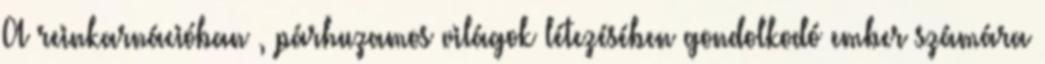
A reinkarnációban , párhuzamos világok létezésében gondolkodó ember számára